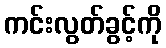
ကင်းလွတ်ခွင့်ကို